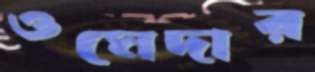
ওমেদার